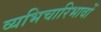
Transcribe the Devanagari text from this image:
व्यभिचारिभावों